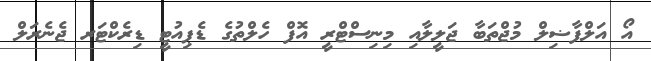
އޯ އަލްފާޟިލް މުޖްތަބާ ޖަލީލާއި މިނިސްޓްރީ އޮފް ހެލްތުގެ ޑެޕިއުޓީ ޑިރެކްޓަރ ޖެނެރަލް